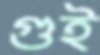
গুই